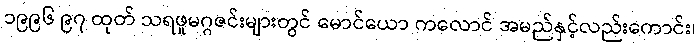
၁၉၉၆ ၉၇ ထုတ် သရဖူမဂ္ဂဇင်းများတွင် မောင်ယော ကလောင် အမည်နှင့်လည်းကောင်း၊